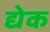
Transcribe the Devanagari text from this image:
द्येक